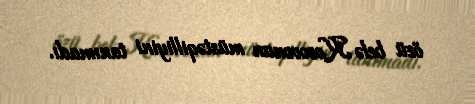
özü belə Kosovonun müstəqilliyini tanımadı.